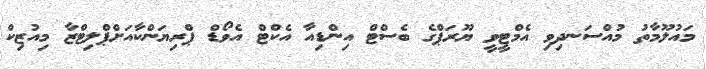
މައުލޫމާތު މުއްސަނދިވި އެމްޓީވީ ޔޫރަޕްގެ ބެސްޓް އިންޑިއާ އެކްޓްް އެވޯޑް ޕްރިޔަންކާއަށްޕްލިޓްޒާ މިއުޒިކް